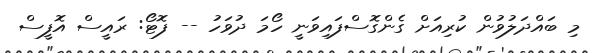
މި ބައްދަލުވުން ކުރިއަށް ގެންގޮސްފައިވަނީ ހޯމަ ދުވަހު -- ފޮޓޯ: ރައީސް އޮފީސް